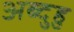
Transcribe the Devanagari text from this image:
अब्दुहु